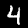
Digit: 4